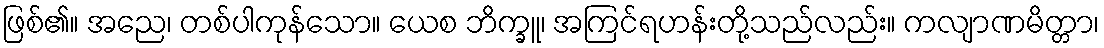
ဖြစ်၏။ အညေ၊ တစ်ပါကုန်သော။ ယေစ ဘိက္ခူ၊ အကြင်ရဟန်းတို့သည်လည်း။ ကလျာဏမိတ္တာ၊